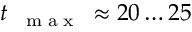
t _ { \mathrm { ~ \tiny ~ { ~ m ~ a ~ x ~ } ~ } } \approx 2 0 \ldots 2 5